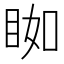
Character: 𥆃